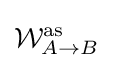
{\mathcal {W}}_{A\rightarrow B}^{\text{as}}